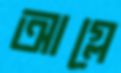
আগ্‌লে